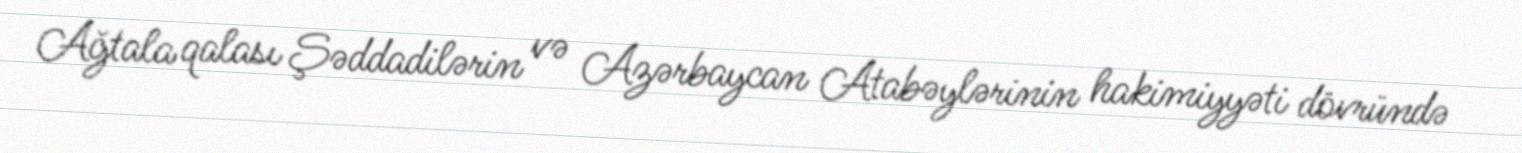
Ağtala qalası Şəddadilərin və Azərbaycan Atabəylərinin hakimiyyəti dövründə